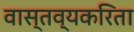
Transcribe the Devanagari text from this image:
वास्तव्यकरिता